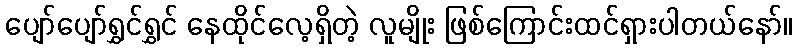
ပျော်ပျော်ရွှင်ရွှင် နေထိုင်လေ့ရှိတဲ့ လူမျိုး ဖြစ်ကြောင်းထင်ရှားပါတယ်နော်။